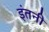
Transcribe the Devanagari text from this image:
इंतनी